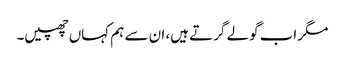
مگر اب گولے گرتے ہیں، ان سے ہم کہاں چھپیں۔